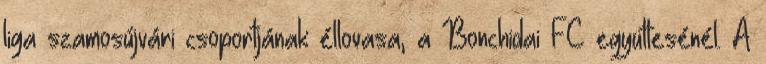
liga szamosújvári csoportjának éllovasa, a Bonchidai FC együttesénél. A